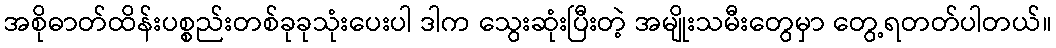
အစိုဓာတ်ထိန်းပစ္စည်းတစ်ခုခုသုံးပေးပါ ဒါက သွေးဆုံးပြီးတဲ့ အမျိုးသမီးတွေမှာ တွေ့ရတတ်ပါတယ်။